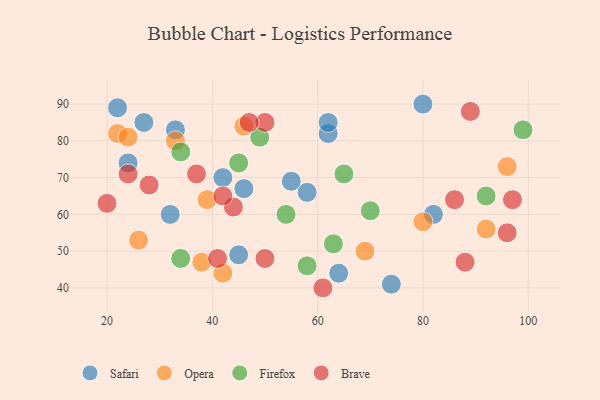
{"axis": {"x": "GDP", "y": "Life Expectancy"}, "legend": ["Brave", "Firefox", "Opera", "Safari"], "data": [{"x": "27", "y": 85, "type": "Safari"}, {"x": "33", "y": 83, "type": "Safari"}, {"x": "58", "y": 66, "type": "Safari"}, {"x": "74", "y": 41, "type": "Safari"}, {"x": "42", "y": 70, "type": "Safari"}, {"x": "62", "y": 82, "type": "Safari"}, {"x": "55", "y": 69, "type": "Safari"}, {"x": "64", "y": 44, "type": "Safari"}, {"x": "45", "y": 49, "type": "Safari"}, {"x": "46", "y": 67, "type": "Safari"}, {"x": "22", "y": 89, "type": "Safari"}, {"x": "24", "y": 74, "type": "Safari"}, {"x": "32", "y": 60, "type": "Safari"}, {"x": "62", "y": 85, "type": "Safari"}, {"x": "82", "y": 60, "type": "Safari"}, {"x": "80", "y": 90, "type": "Safari"}, {"x": "42", "y": 44, "type": "Opera"}, {"x": "80", "y": 58, "type": "Opera"}, {"x": "38", "y": 47, "type": "Opera"}, {"x": "46", "y": 84, "type": "Opera"}, {"x": "33", "y": 80, "type": "Opera"}, {"x": "92", "y": 56, "type": "Opera"}, {"x": "22", "y": 82, "type": "Opera"}, {"x": "26", "y": 53, "type": "Opera"}, {"x": "96", "y": 73, "type": "Opera"}, {"x": "69", "y": 50, "type": "Opera"}, {"x": "24", "y": 81, "type": "Opera"}, {"x": "39", "y": 64, "type": "Opera"}, {"x": "34", "y": 48, "type": "Firefox"}, {"x": "65", "y": 71, "type": "Firefox"}, {"x": "34", "y": 77, "type": "Firefox"}, {"x": "54", "y": 60, "type": "Firefox"}, {"x": "92", "y": 65, "type": "Firefox"}, {"x": "99", "y": 83, "type": "Firefox"}, {"x": "70", "y": 61, "type": "Firefox"}, {"x": "58", "y": 46, "type": "Firefox"}, {"x": "63", "y": 52, "type": "Firefox"}, {"x": "49", "y": 81, "type": "Firefox"}, {"x": "45", "y": 74, "type": "Firefox"}, {"x": "28", "y": 68, "type": "Brave"}, {"x": "20", "y": 63, "type": "Brave"}, {"x": "96", "y": 55, "type": "Brave"}, {"x": "44", "y": 62, "type": "Brave"}, {"x": "61", "y": 40, "type": "Brave"}, {"x": "86", "y": 64, "type": "Brave"}, {"x": "89", "y": 88, "type": "Brave"}, {"x": "97", "y": 64, "type": "Brave"}, {"x": "50", "y": 48, "type": "Brave"}, {"x": "42", "y": 65, "type": "Brave"}, {"x": "50", "y": 85, "type": "Brave"}, {"x": "37", "y": 71, "type": "Brave"}, {"x": "88", "y": 47, "type": "Brave"}, {"x": "47", "y": 85, "type": "Brave"}, {"x": "24", "y": 71, "type": "Brave"}, {"x": "41", "y": 48, "type": "Brave"}]}